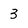
Character: 3